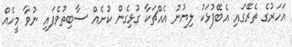
އަހަރުގެ ތެރޭގައި އެބޭފުޅަކު ލިޔުނު އެއްޗަކާ ގުޅިގެން ކުށެއް ސާބިތުވެފައި ނުވާ މީހެއް